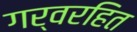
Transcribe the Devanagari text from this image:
गर्वरहित